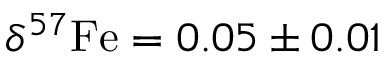
\delta ^ { 5 7 } \mathrm { F e } = 0 . 0 5 \pm 0 . 0 1